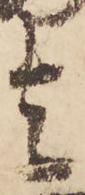
者